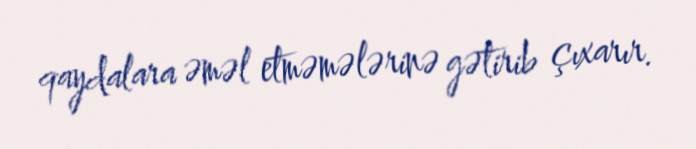
qaydalara əməl etməmələrinə gətirib çıxarır.